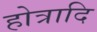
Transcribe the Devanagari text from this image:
होत्रादि